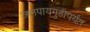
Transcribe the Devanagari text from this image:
जलपायगुडीपर्यंत